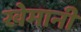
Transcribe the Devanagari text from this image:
खेमानी